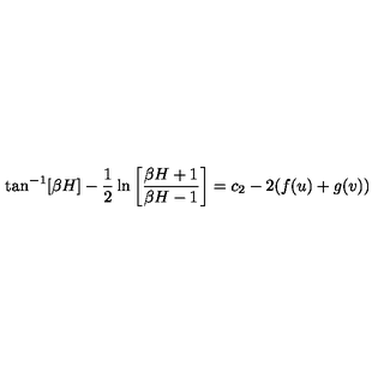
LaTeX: \tan ^ { - 1 } [ \beta H ] - \frac { 1 } { 2 } \ln \left[ \frac { \beta H + 1 } { \beta H - 1 } \right] = c _ { 2 } - 2 ( f ( u ) + g ( v ) )